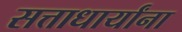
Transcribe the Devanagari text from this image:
सत्ताधार्यांना